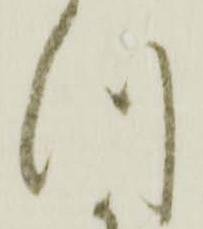
つ